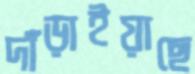
দাঁড়াইয়াছে